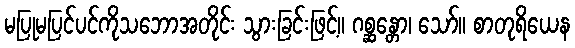
မပြုမပြင်ပင်ကိုသဘောအတိုင်း သွားခြင်းဖြင့်။ ဂစ္ဆန္တော၊ သော်။ စာတုရိယေန